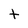
Character: t